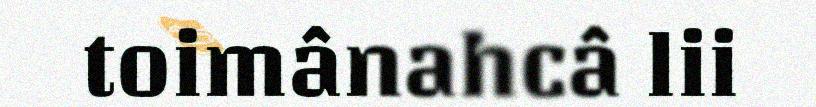
toimânahcâ lii